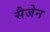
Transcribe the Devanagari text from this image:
सैजेन